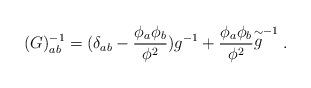
LaTeX: \begin{align*}(G)^{-1}_{ab}=(\delta_{ab}-\frac{\phi_a \phi_b }{\phi^2} ) g^{-1} +\frac{\phi_a \phi_b}{\phi^2} {\stackrel{\sim}{g}}^{-1}\; .\end{align*}